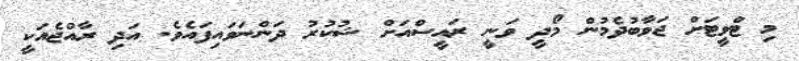
މި ޓްވީޓަށް ޖަވާބުދެމުން މޯދީ ވަނީ ރައީސްއަށް ޝުކުރު ދަންނަވައިފައެވެ. އަދި ރާއްޖެއަކީ